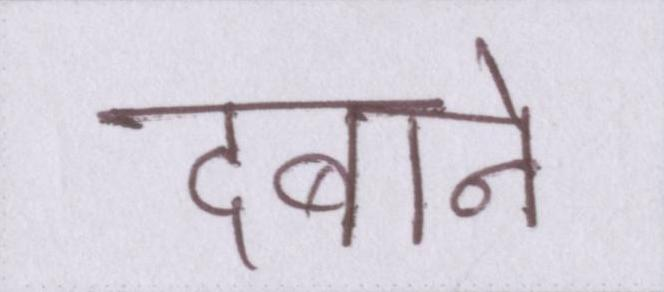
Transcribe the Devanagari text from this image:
दबाने